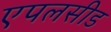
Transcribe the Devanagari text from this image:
एपलसीड